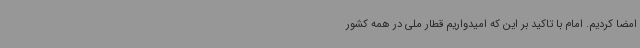
امضا کردیم. امام با تاکید بر این که امیدواریم قطار ملی در همه کشور